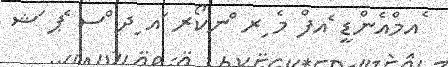
ެއމްއެންޑީ ެއފް މެ ިރ ްނކޯރ ައ ިދ ްސ ެޕ ަޝ